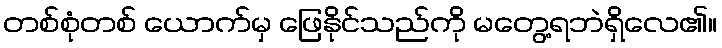
တစ်စုံတစ် ယောက်မှ ဖြေနိုင်သည်ကို မတွေ့ရဘဲရှိလေ၏။